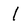
Character: I